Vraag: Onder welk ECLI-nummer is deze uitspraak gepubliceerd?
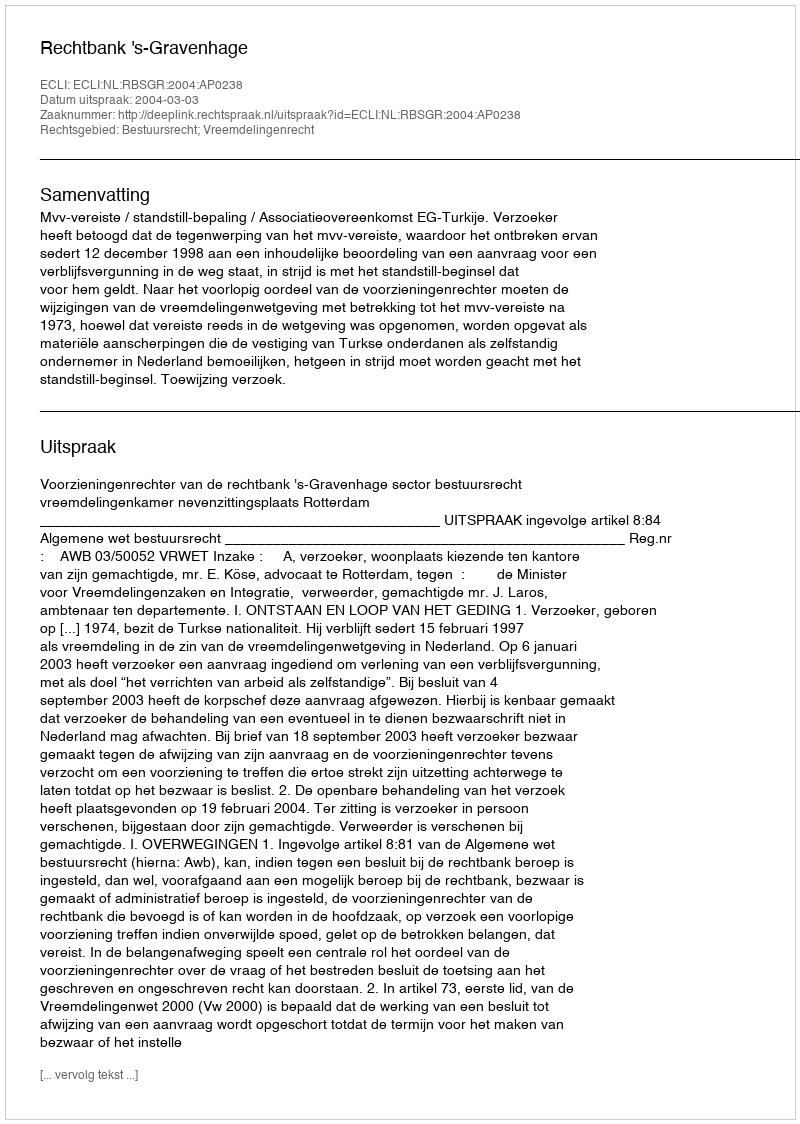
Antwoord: ECLI:NL:RBSGR:2004:AP0238